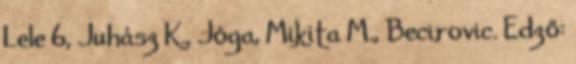
Lele 6, Juhász K., Jóga, Mikita M., Becirovic. Edző: